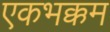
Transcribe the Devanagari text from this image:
एकभक्कम